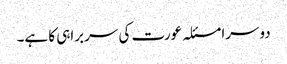
دوسرا مسئلہ عورت کی سربراہی کا ہے۔